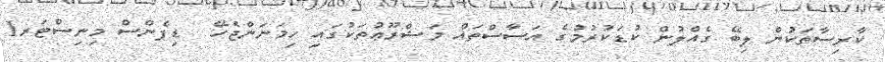
ކާރިސާތަކުން ލިބޭ ގެއްލުން ކުޑަކުރުމުގެ އަސާސްތައް މަޝްރޫޢުތަކުގައި ހިމަނަންޖެހޭ  ޑިފެންސް މިނިސްޓަރ1